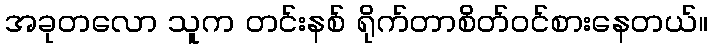
အခုတလော သူက တင်းနစ် ရိုက်တာစိတ်ဝင်စားနေတယ်။